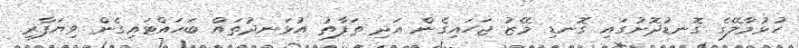
ހުޅުމާލޭގެ ގޮނޑުދޮށުގައި ގޮނޑި މޭޒު ޖަހައިގެން އަދި ތަފާތު އުޅަނދުތައް ބަހައްޓައިގެން ވިޔަފާރި